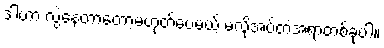
ဒါဟာ လွဲနေတာတော့မဟုတ်ပေမယ့် မလိုအပ်တဲ့အရာတစ်ခုပါ။